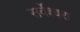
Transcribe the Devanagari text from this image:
सर्वेश्वरा